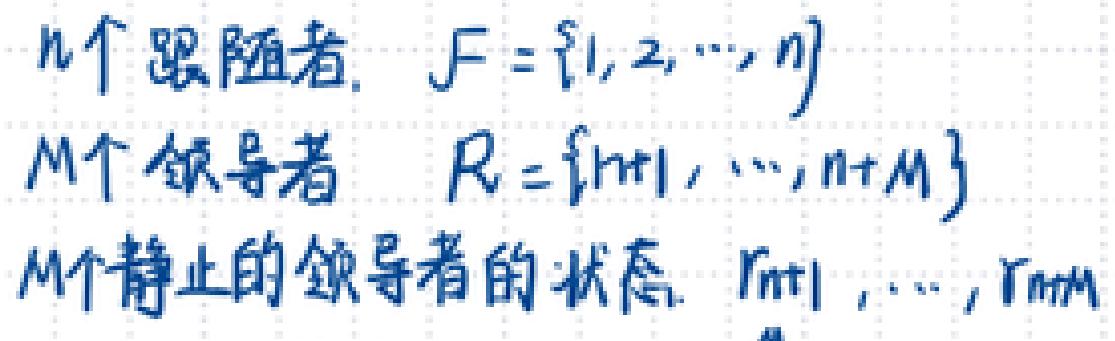
\(n\)个追随者. \(F=\{1,2,\cdots,n\}\)
\(M\)个领导者 \(R=\{n+1,\cdots,n+M\}\)
\(M\)个静止的领导者的状态. \(r_{n+1},\cdots,r_{n+M}\)